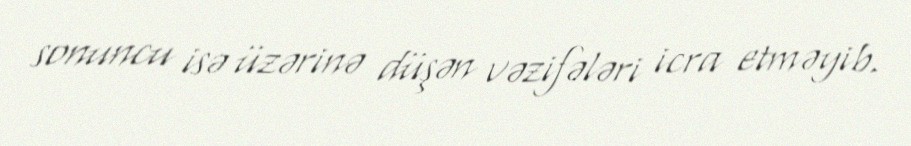
sonuncu isə üzərinə düşən vəzifələri icra etməyib.